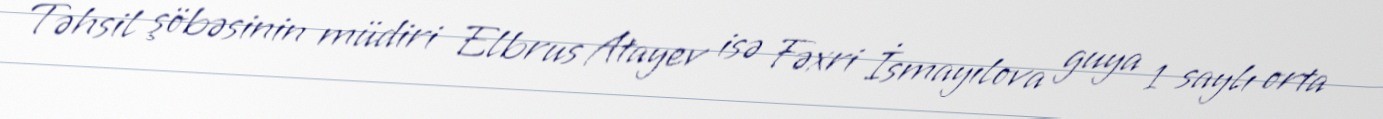
Təhsil şöbəsinin müdiri Elbrus Atayev isə Fəxri İsmayılova guya 1 saylı orta